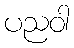
ပညဝါ